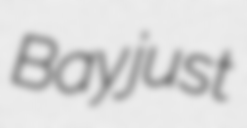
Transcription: Bay just